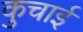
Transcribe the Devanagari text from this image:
कुचार्इ